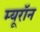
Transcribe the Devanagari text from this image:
म्यूरॉन